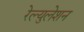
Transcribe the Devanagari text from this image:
रेल्युलेशन